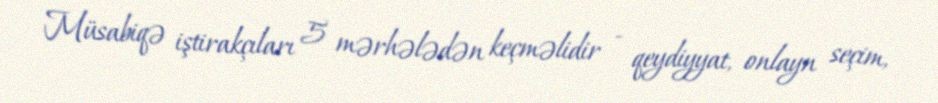
Müsabiqə iştirakçıları 5 mərhələdən keçməlidir - qeydiyyat, onlayn seçim,